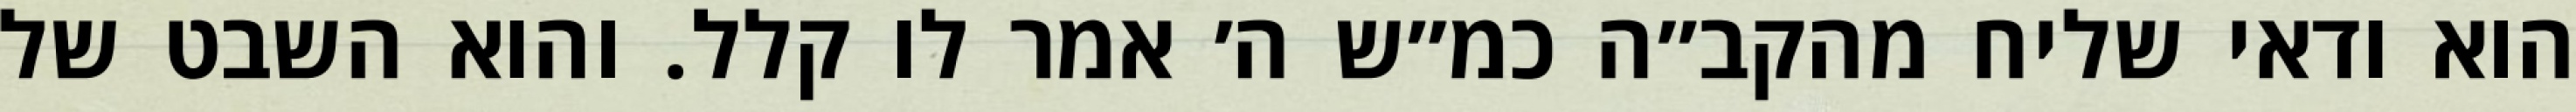
הוא ודאי שליח מהקב״ה כמ״ש ה׳ אמר לו קלל. והוא השבט של